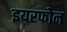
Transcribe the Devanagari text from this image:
इयरफोन